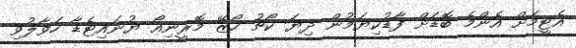
އެޓީމަށް އެންމެ ބޮޑަށް ފާޑުކިޔަމުން ދިޔަ ކޯޗު ހޯޒޭ މޮރީނިއޯ ޔުނައިޓެޑާ ހަވާލުވި